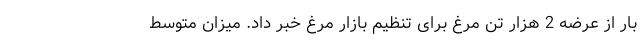
بار از عرضه 2 هزار تن مرغ برای تنظیم بازار مرغ خبر داد. میزان متوسط